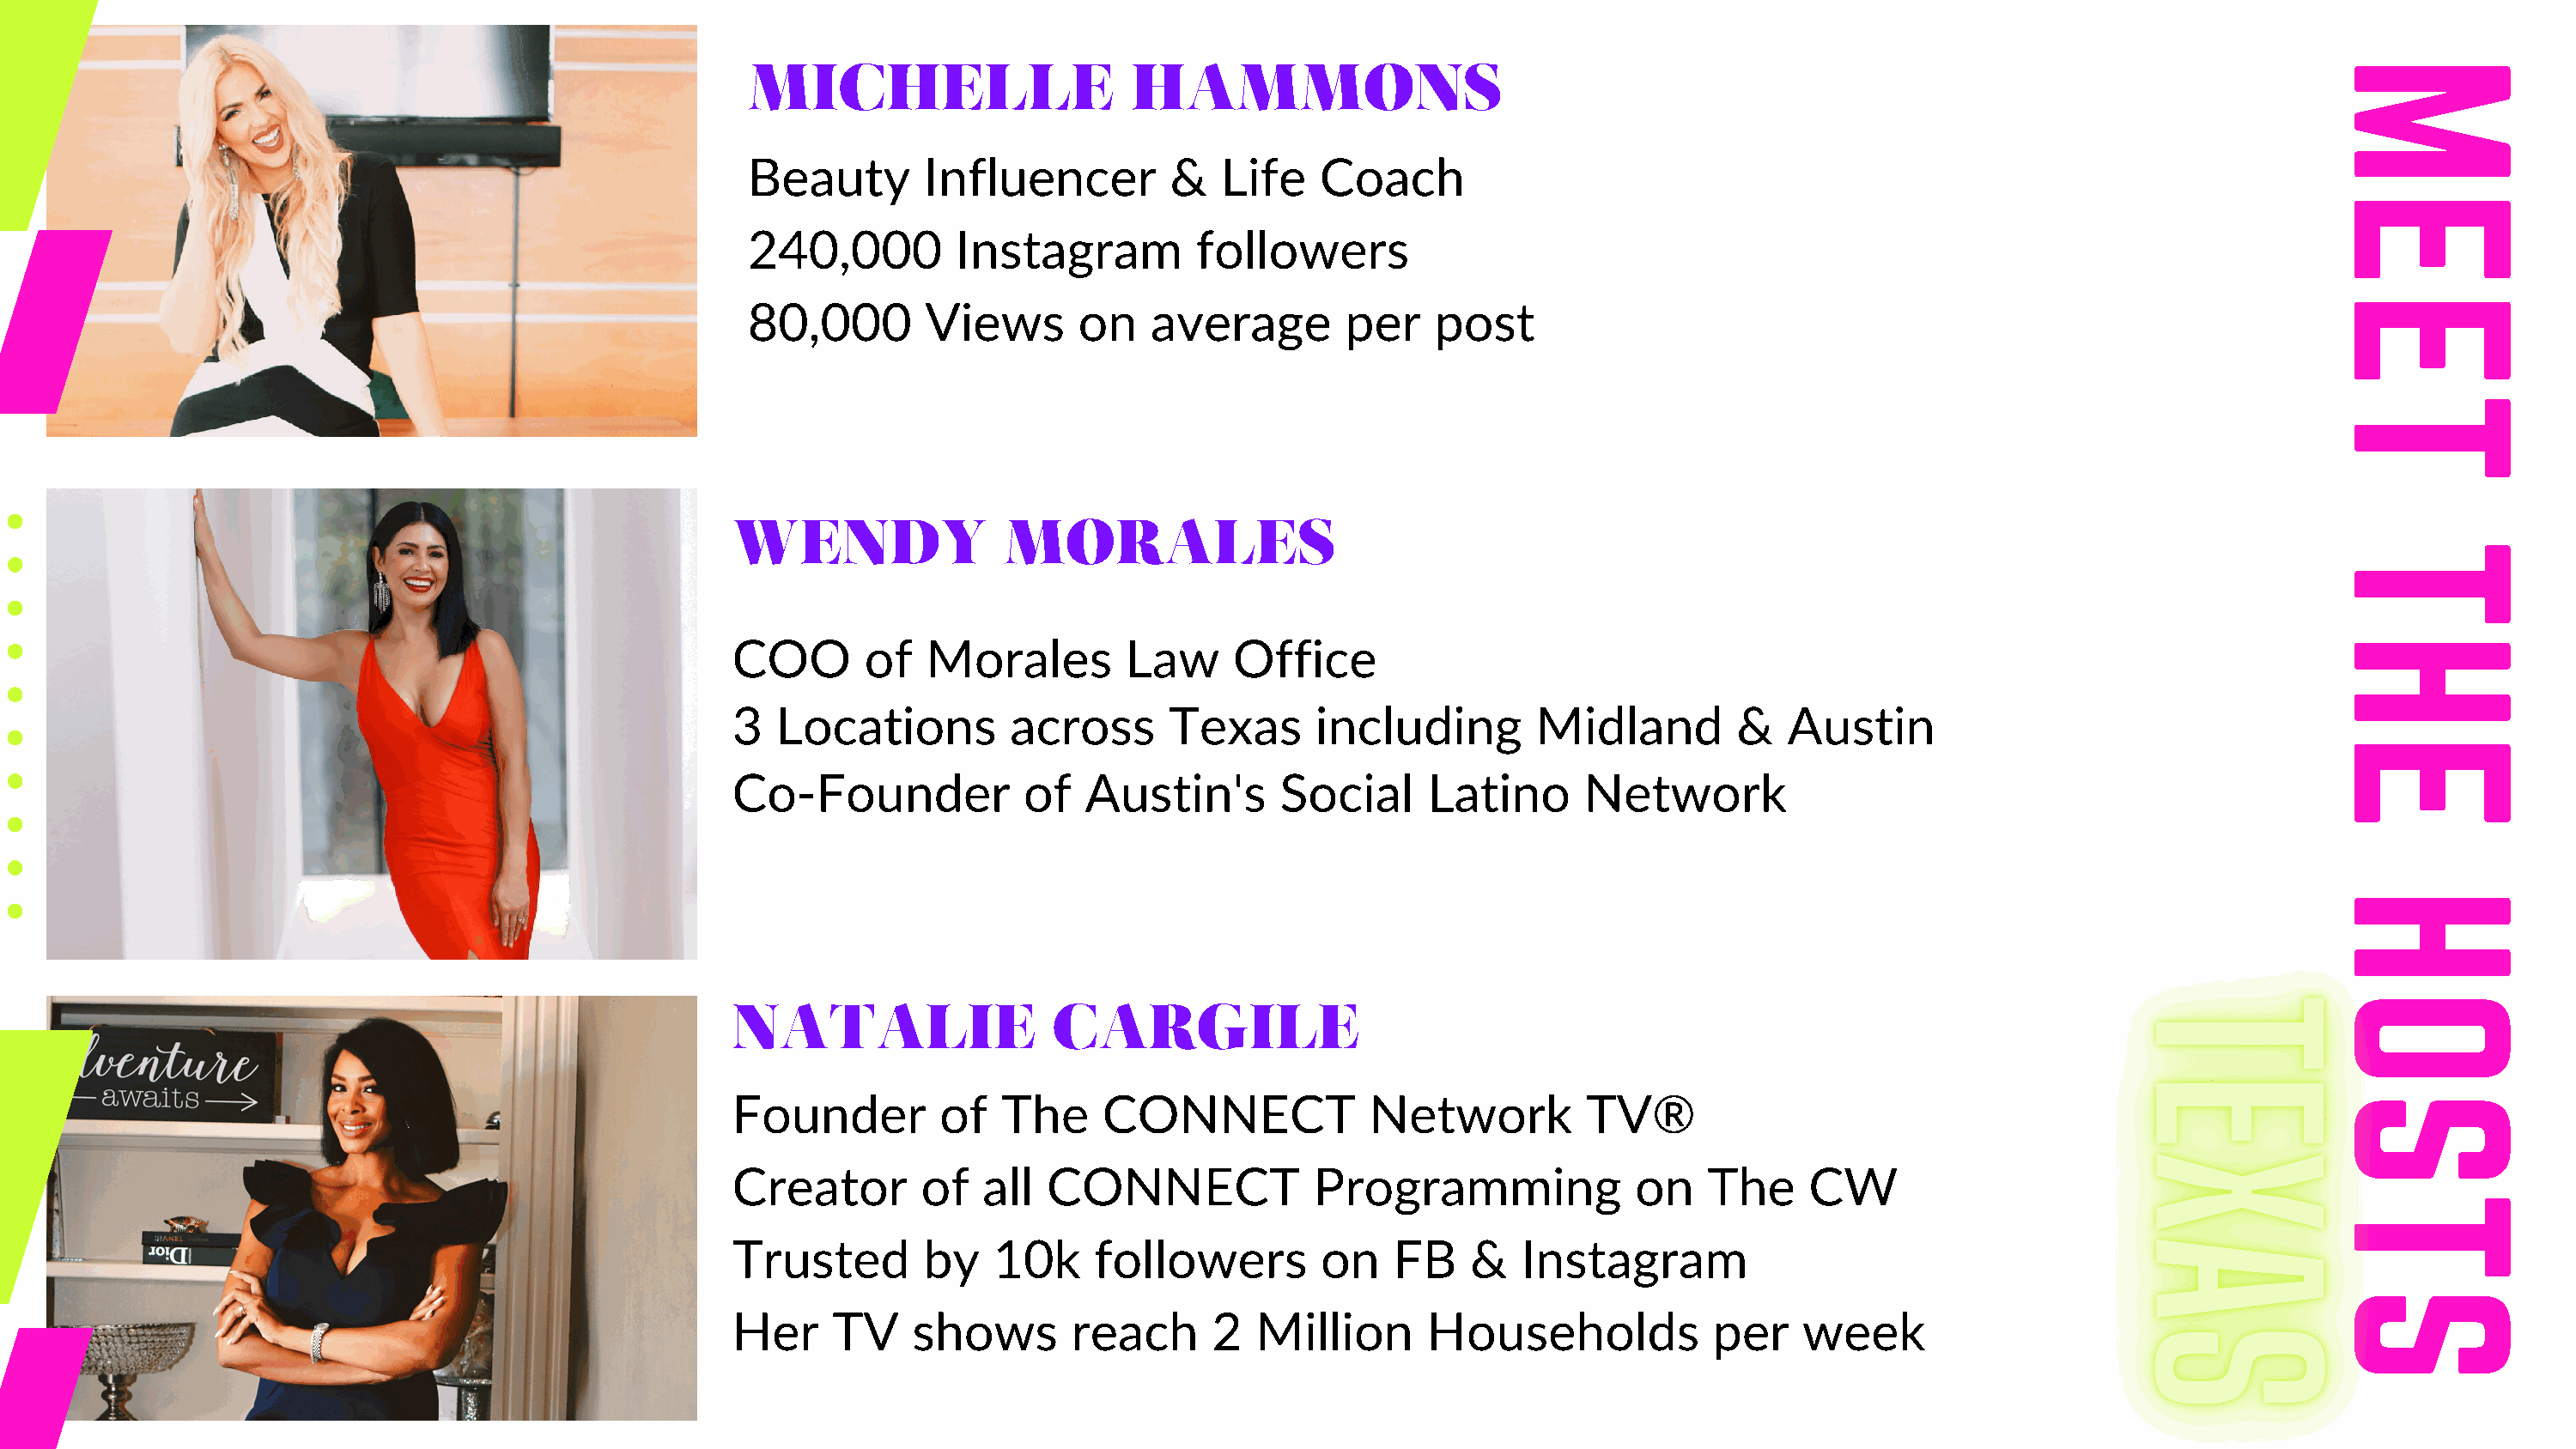
MICHELLE                     HAMMONS                                                                                        M
 Beauty       Influencer         &   Life    Coach
 E
 240,000         Instagram         followers
 E
 80,000       Views       on    average        per    post
 T
 WENDY                MORALES
 T
 COO        of  Morales         Law     Office                                                                                 H
 3   Locations         across      Texas      including        Midland         &   Austin
 E
 Co-Founder             of   Austin's       Social     Latino      Network
 H
 O
 NATALIE                  CARGILE
 Founder         of   The     CONNECT              Network         TV®                                                         S
 Creator        of   all  CONNECT             Programming              on    The    CW
 T
 Trusted        by    10k    followers         on   FB    &   Instagram
 S
 Her     TV    shows        reach     2   Million      Households            per    week